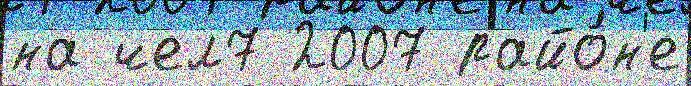
на чел7 2007 райо́н'е